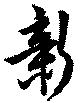
新